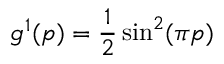
g ^ { 1 } ( p ) = \frac { 1 } { 2 } \sin ^ { 2 } ( \pi p )